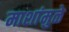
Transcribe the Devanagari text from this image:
माशांमुळे